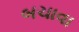
બચાવા